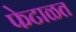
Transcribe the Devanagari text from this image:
फेटाळत